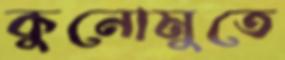
কুনোমুতে